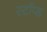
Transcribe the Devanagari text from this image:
स्टॉप्ड